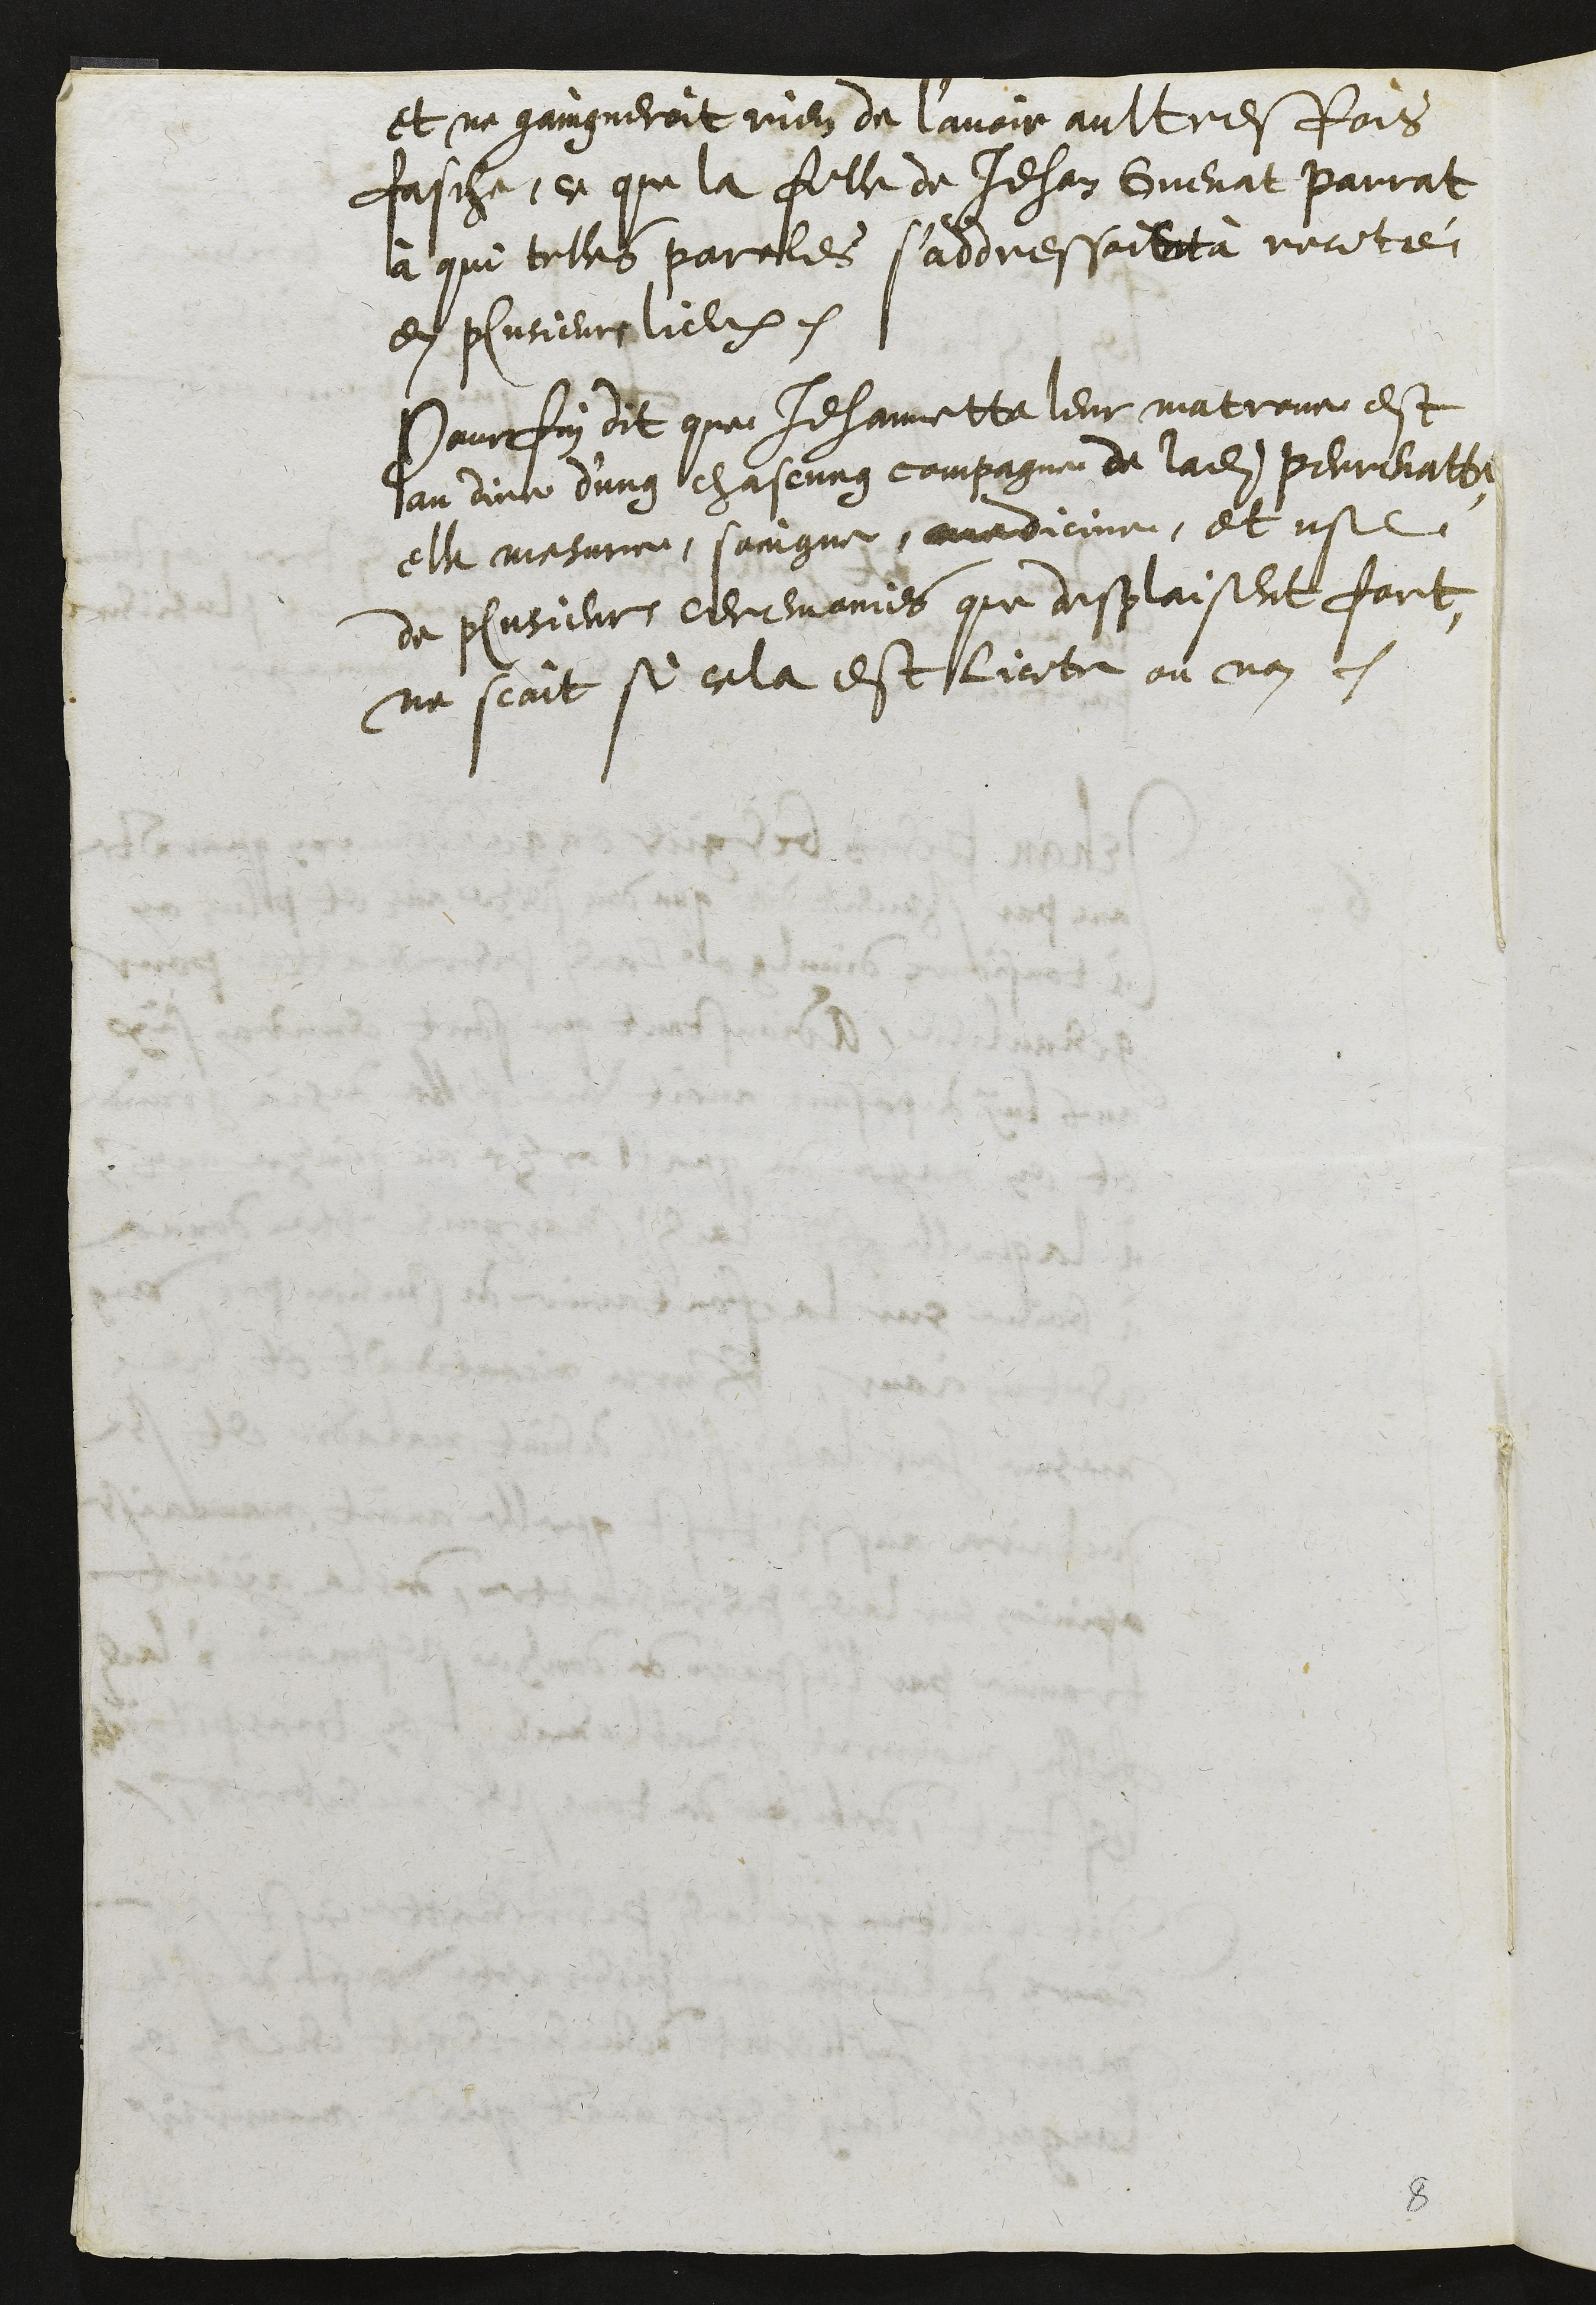
et ne gaingneroit rien de l’avoir aultresfois
fasche, ce que la fille de Jehan Guenat Parrat
à qui telles paroles s'addressoient à recité
en plusieurs lieux.
Pour fin dit que Jehannette leur matrone est
au dire d’ung chascung compagne de ladite Perrenatte,
elle mesure, soingne, medicine, et use
de plusieurs ceremonies que desplaisent fort,
ne scait si cela est licite ou non.

8